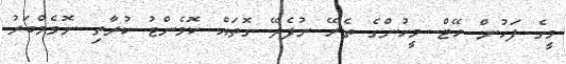
މީގެ ފަހުން ހޭޓް މީހުންގެ ތެރޭ ނުފެދޭ ގޮތައް ކޮމެންޓު ކުރާތި ނޮވެމްބަރު